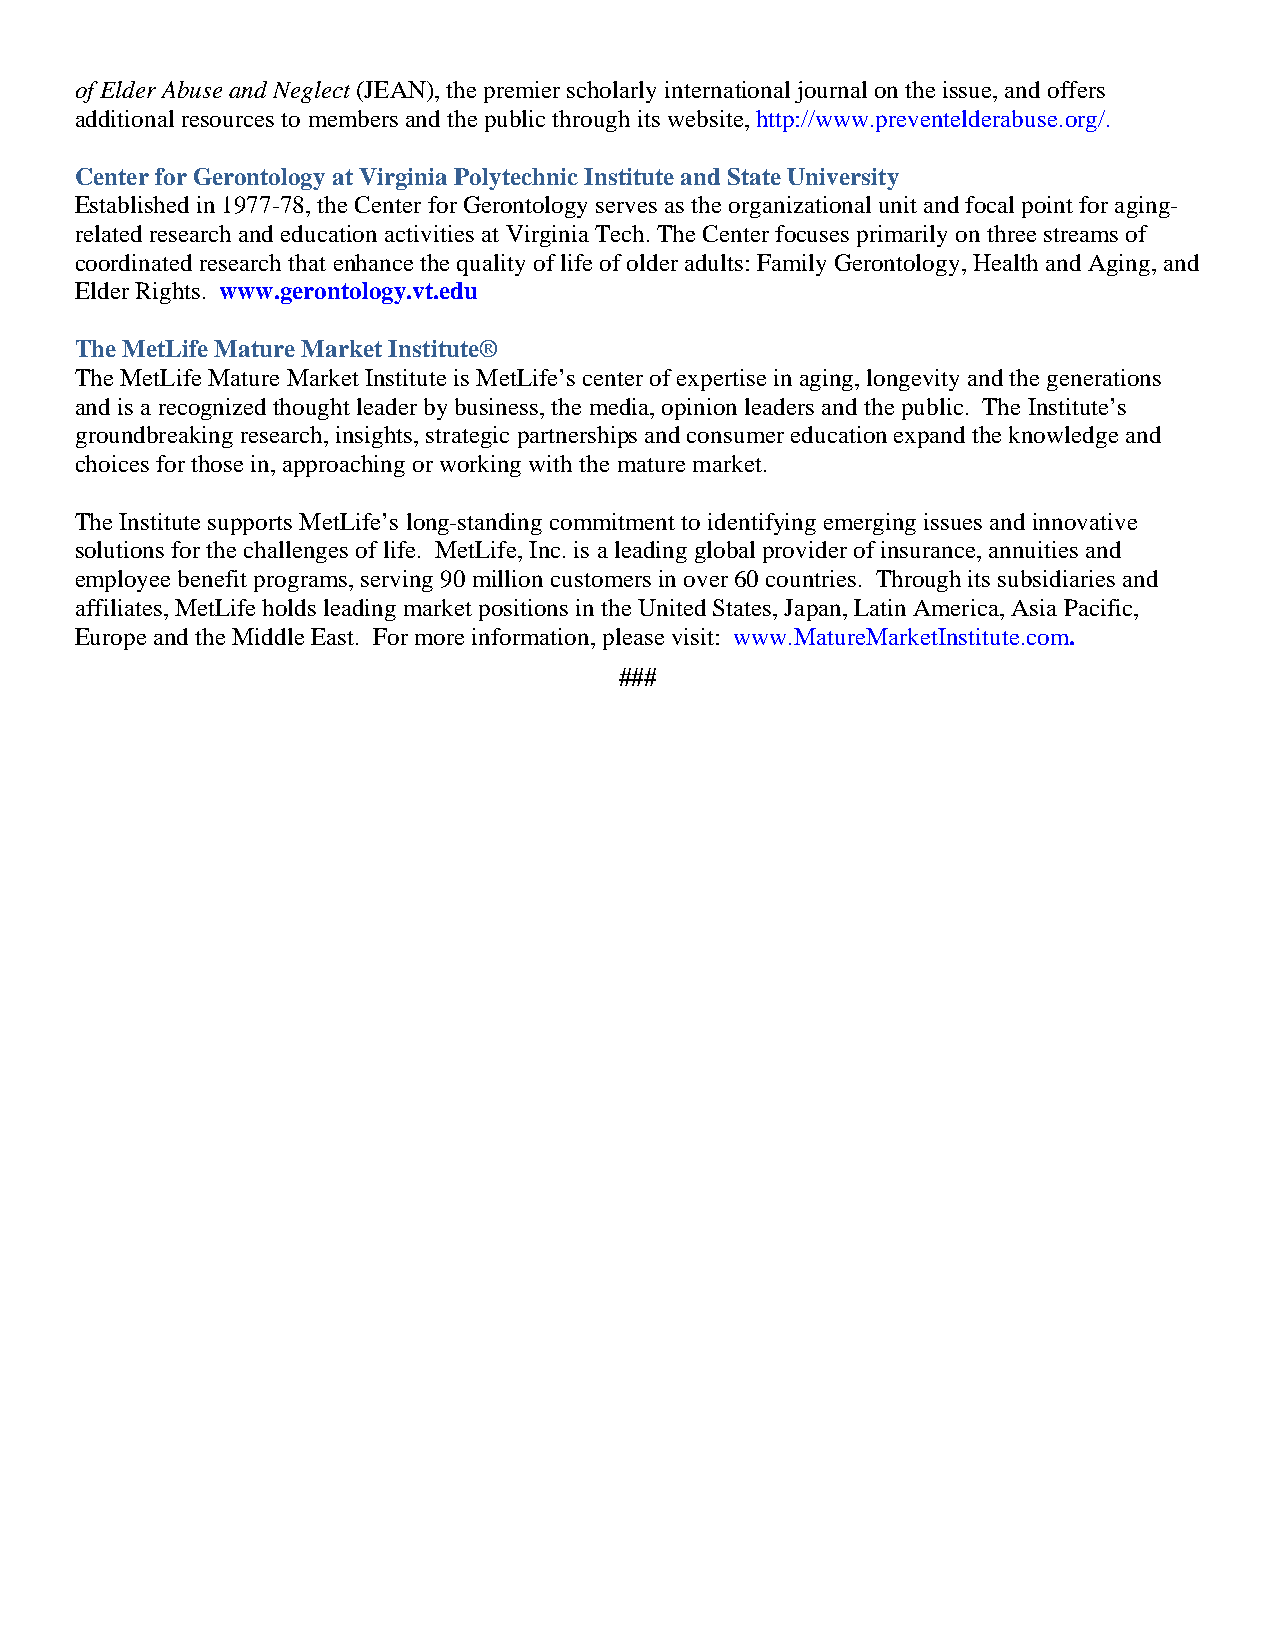
of Elder Abuse and Neglect (JEAN), the premier scholarly international journal on the issue, and offers
 additional resources to members and the public through its website, http://www.preventelderabuse.org/.
 Center for Gerontology at Virginia Polytechnic Institute and State University
 Established in 1977-78, the Center for Gerontology serves as the organizational unit and focal point for aging-
 related research and education activities at Virginia Tech. The Center focuses primarily on three streams of
 coordinated research that enhance the quality of life of older adults: Family Gerontology, Health and Aging, and
 Elder Rights. www.gerontology.vt.edu
 The MetLife Mature Market Institute®
 The MetLife Mature Market Institute is MetLife’s center of expertise in aging, longevity and the generations
 and is a recognized thought leader by business, the media, opinion leaders and the public. The Institute’s
 groundbreaking research, insights, strategic partnerships and consumer education expand the knowledge and
 choices for those in, approaching or working with the mature market.
 The Institute supports MetLife’s long-standing commitment to identifying emerging issues and innovative
 solutions for the challenges of life. MetLife, Inc. is a leading global provider of insurance, annuities and
 employee benefit programs, serving 90 million customers in over 60 countries. Through its subsidiaries and
 affiliates, MetLife holds leading market positions in the United States, Japan, Latin America, Asia Pacific,
 Europe and the Middle East. For more information, please visit: www.MatureMarketInstitute.com.
 ###